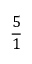
\frac { 5 } { 1 }